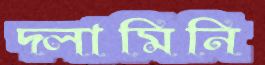
দ্লামিনি